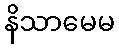
နိသာမေမ